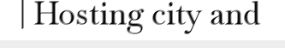
| Hosting city and